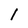
Character: l